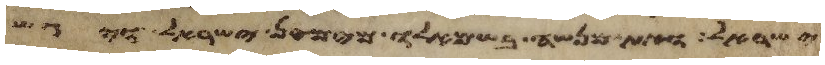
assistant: ישראל ואת מנשה בשמאלו מימין ישראל ויגש